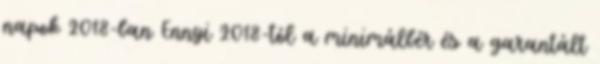
napok 2018-ban Ennyi 2018-tól a minimálbér és a garantált